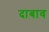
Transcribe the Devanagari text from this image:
दाबाव